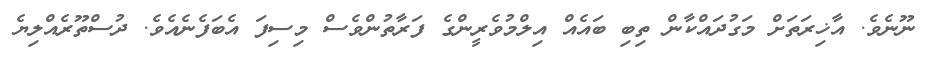
ނޫނެވެ. އާޚިރަތަށް މަގުދައްކާން ތިބި ބައެއް އިލްމުވެރީންގެ ފަރާތުންވެސް މިސިފަ އެބަފެނެއެވެ. ދުސްތޫރެއްލިޔެ